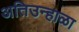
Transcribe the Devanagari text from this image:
अतिउन्हाळा